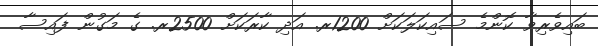
ބައިވެރިވާ ކޮންމެ ސައިކަލަކަށް 1200ރ. އަދި ކާރަކަށް 2500ރ. ގެ މަގުން ފައިސާ